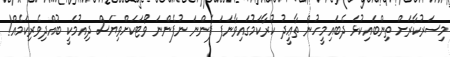
މިސަރުކާރަށް ތިންބައިކުޅަ ދެބައިމީހުން ތާޢީދު ކުރާކަމުގައިވާނަފަ ފެންނަ ނުފެންނަ ވޯޓަކަށްވިޔަސް ދިއުމަކީ ބުއްދިވެރިކަމެއް!